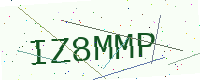
Text: IZ8MMP